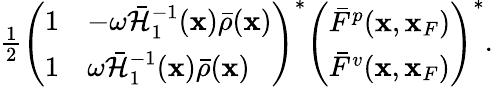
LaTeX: \begin{array}{r}{\frac{1}{2}\left(\begin{array}{ll}{1}&{-\omega\bar{\cal H}_{1}^{-1}({\mathbf x})\bar{\rho}({\mathbf x})}\\ {1}&{\omega\bar{\cal H}_{1}^{-1}({\mathbf x})\bar{\rho}({\mathbf x})}\end{array}\right)^{*}\left(\begin{array}{l}{\bar{F}^{p}({\mathbf x},{\mathbf x}_{F})}\\ {\bar{F}^{v}({\mathbf x},{\mathbf x}_{F})}\end{array}\right)^{*}.}\end{array}